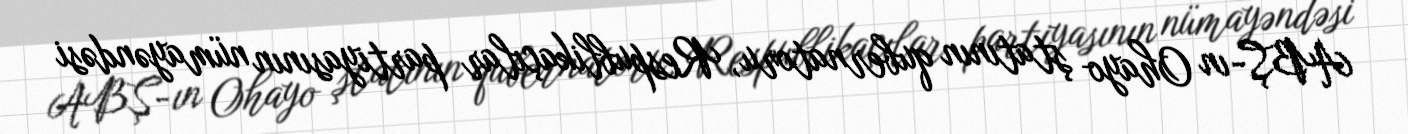
ABŞ-ın Ohayo ştatının qubernatoru, Respublikaçılar partiyasının nümayəndəsi